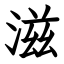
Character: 滋